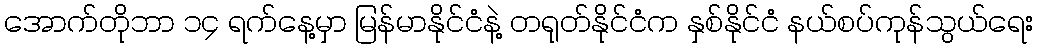
အောက်တိုဘာ ၁၄ ရက်နေ့မှာ မြန်မာနိုင်ငံနဲ့ တရုတ်နိုင်ငံက နှစ်နိုင်ငံ နယ်စပ်ကုန်သွယ်ရေး